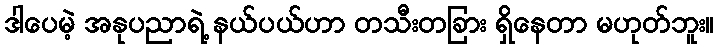
ဒါပေမဲ့ အနုပညာရဲ့ နယ်ပယ်ဟာ တသီးတခြား ရှိနေတာ မဟုတ်ဘူး။